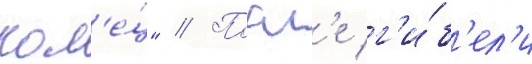
кол'е́ц" // Посл'е г'и́б'ел'и